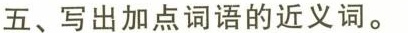
五、写出加点词语的近义词。